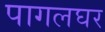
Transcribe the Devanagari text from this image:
पागलघर